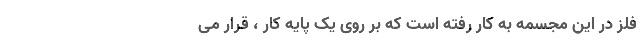
فلز در این مجسمه به کار رفته است که بر روی یک پایه کار ، قرار می